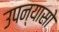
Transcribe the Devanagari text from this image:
उपन्यासो